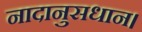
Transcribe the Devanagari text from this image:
नादानुसधान।